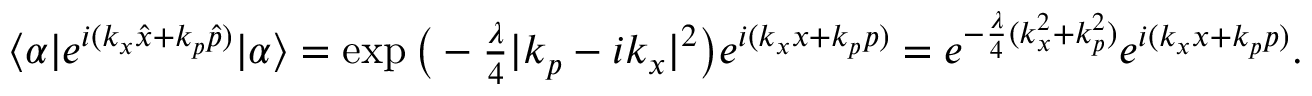
\begin{array} { r } { \langle \alpha | e ^ { i ( k _ { x } \hat { x } + k _ { p } \hat { p } ) } | \alpha \rangle = \exp \big ( - \frac { \lambda } { 4 } | k _ { p } - i k _ { x } | ^ { 2 } \big ) e ^ { i ( k _ { x } x + k _ { p } p ) } = e ^ { - \frac { \lambda } { 4 } ( k _ { x } ^ { 2 } + k _ { p } ^ { 2 } ) } e ^ { i ( k _ { x } x + k _ { p } p ) } . } \end{array}